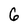
Character: 6